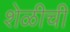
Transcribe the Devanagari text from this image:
शेळीची